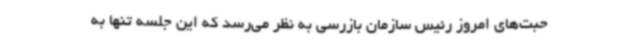
حبت‌های امروز رئیس سازمان بازرسی به نظر می‌رسد که این جلسه تنها به